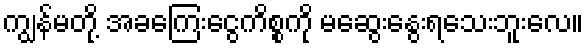
ကျွန်မတို့ အခကြေးငွေကိစ္စကို မဆွေးနွေးရသေးဘူးလေ။